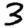
Digit: 3